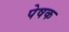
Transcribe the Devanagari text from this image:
पेषक